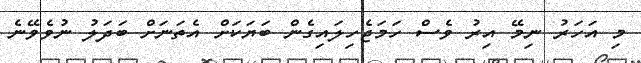
މި އަހަރު ނިމޭ އިރު ވެސް ހަމަޖެހިލައިގެން ބަޔަކަށް އެތަނަށް ބަދަލު ނުވެވޭނެ